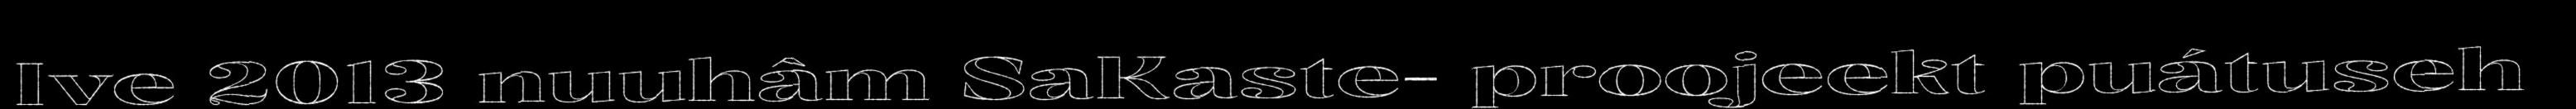
Ive 2013 nuuhâm SaKaste- proojeekt puátuseh